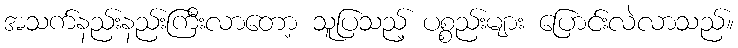
အသက်နည်းနည်းကြီးလာတော့ သူပြသည့် ပစ္စည်းများ ပြောင်းလဲလာသည်။